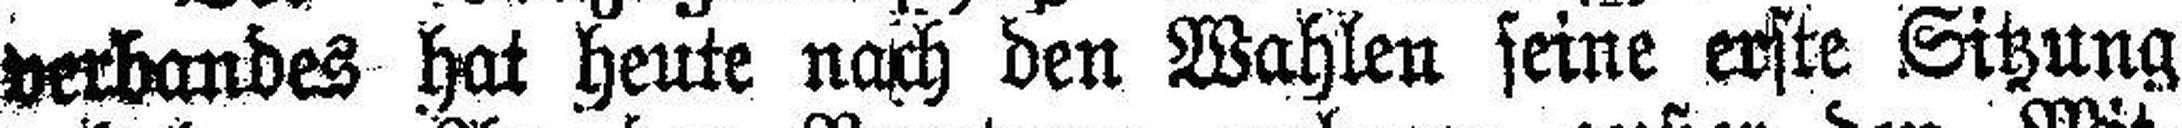
verbandes hat heute nach den Wahlen seine erste Sitzung